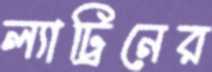
ল্যাট্রিনের